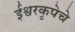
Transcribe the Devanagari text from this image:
ईश्वरकृपेचे